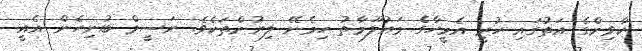
ކާވިންގެ އަތުގައި ހުރީ އެމީހާގެ މައުލޫމާތު ހިމެނޭ ލިޔުންތަކެވެ. ނަސީމް ބުނިހެން އެއީ